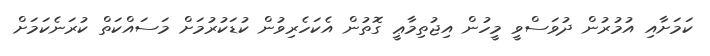
ކަމަށާއި އުމުރުން ދުވަސްވީ މީހުން އިޖުތިމާޢީ ގޮތުން އެކަހެރިވުން ކުޑަކުރުމަށް މަސައްކަތް ކުރަނެކަމަށް